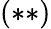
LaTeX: (\ast\ast)